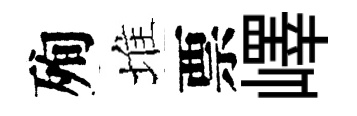
殉堆票嶧